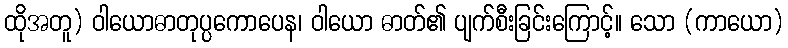
ထိုအတူ) ဝါယောဓာတုပ္ပကောပေန၊ ဝါယော ဓာတ်၏ ပျက်စီးခြင်းကြောင့်။ သော (ကာယော)